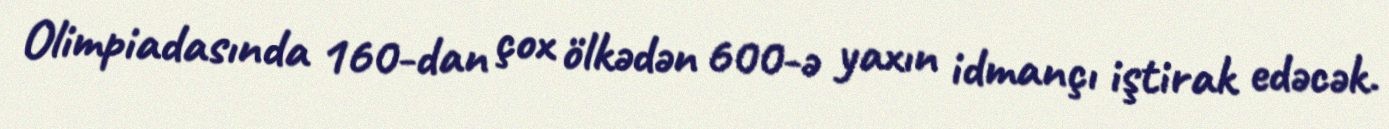
Olimpiadasında 160-dan çox ölkədən 600-ə yaxın idmançı iştirak edəcək.